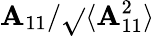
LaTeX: \mathbf{A}_{11}/\sqrt{}{{\langle\mathbf{A}_{11}^{2}\rangle}}